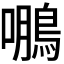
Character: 𮬹